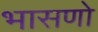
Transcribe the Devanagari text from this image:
भासणो